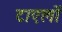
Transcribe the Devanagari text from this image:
टाएलों